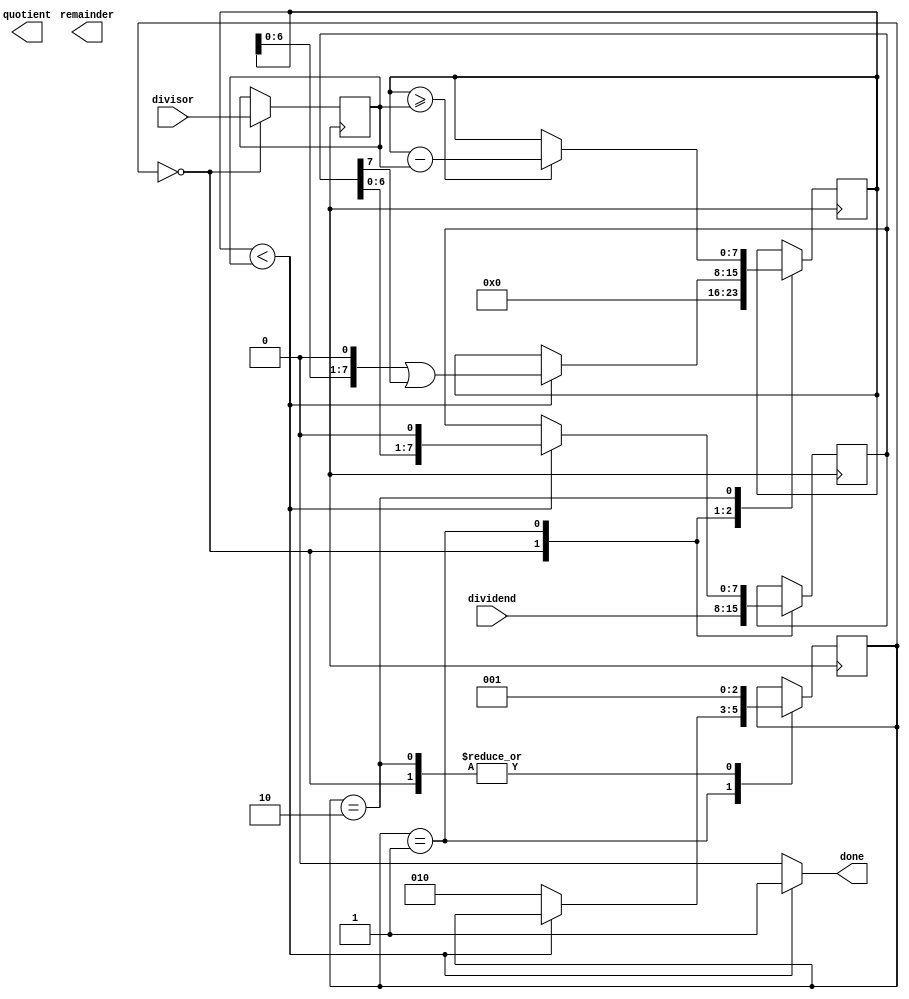
module restoring_divider (
    input wire [7:0] dividend,
    input wire [7:0] divisor,
    output reg [7:0] quotient,
    output reg [7:0] remainder,
    output reg done
);

reg [7:0] dividend_reg, divisor_reg;
reg [7:0] quotient_reg, remainder_reg;
reg [2:0] state;

always @(posedge clk) begin
    case (state)
        0: begin
            dividend_reg <= dividend;
            divisor_reg <= divisor;
            quotient_reg <= 8'b0;
            remainder_reg <= 8'b0;
            state <= 1;
        end
        1: begin
            if (remainder_reg < divisor_reg) begin
                remainder_reg <= remainder_reg << 1 | dividend_reg[7];
                dividend_reg <= dividend_reg << 1;
                quotient_reg <= quotient_reg << 1;
            end else begin
                state <= 2;
            end
        end
        2: begin
            if (remainder_reg >= divisor_reg) begin
                remainder_reg <= remainder_reg - divisor_reg;
                quotient_reg <= quotient_reg | 1'b1;
            end
            state <= 1;
        end
    endcase
end

always @* begin
    if (remainder_reg < divisor_reg) begin
        done = 1;
    end else begin
        done = 0;
    end
end

endmodule